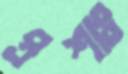
প্রশাঃ